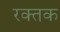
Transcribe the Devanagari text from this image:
रक्‍तक